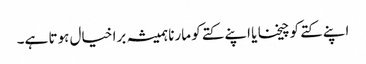
اپنے کتے کو چیخنا یا اپنے کتے کو مارنا ہمیشہ برا خیال ہوتا ہے۔